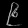
Digit: ၉